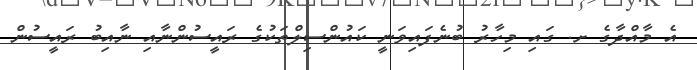
އެ މާއްދާގެ ށ. ގައި މިހާރު ބުނެފައިވަނީ ކައުންސިލްތަކުގެ ރައީސުންނާއި ނާއިބު ރައީސުން